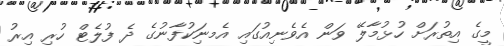
މީގެ އިތުރަށް ހުޅުމާލޭ ވަން އެވެނިއުގައި އެމނަިކުފާނުގެ ދެ ފުލެޓް ހުރި އިރު